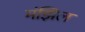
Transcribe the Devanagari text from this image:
मंझिल